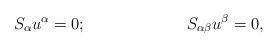
LaTeX: \begin{align*}S_\alpha u^\alpha =0;\hspace{1.0in}S_{\alpha \beta }u^\beta =0, \end{align*}